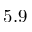
5 . 9